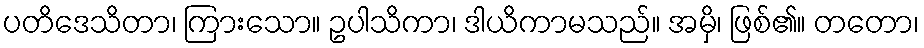
ပတိဒေသိတာ၊ ကြားသော။ ဥပါသိကာ၊ ဒါယိကာမသည်။ အမှိ၊ ဖြစ်၏။ တတော၊